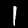
Digit: 1